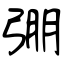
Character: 弸